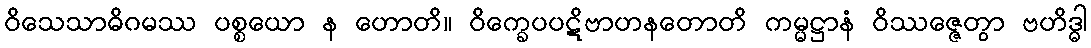
ဝိသေသာဓိဂမဿ ပစ္စယော န ဟောတိ။ ဝိက္ခေပပဋိဗာဟနတောတိ ကမ္မဋ္ဌာနံ ဝိဿဇ္ဇေတွာ ဗဟိဒ္ဓါ